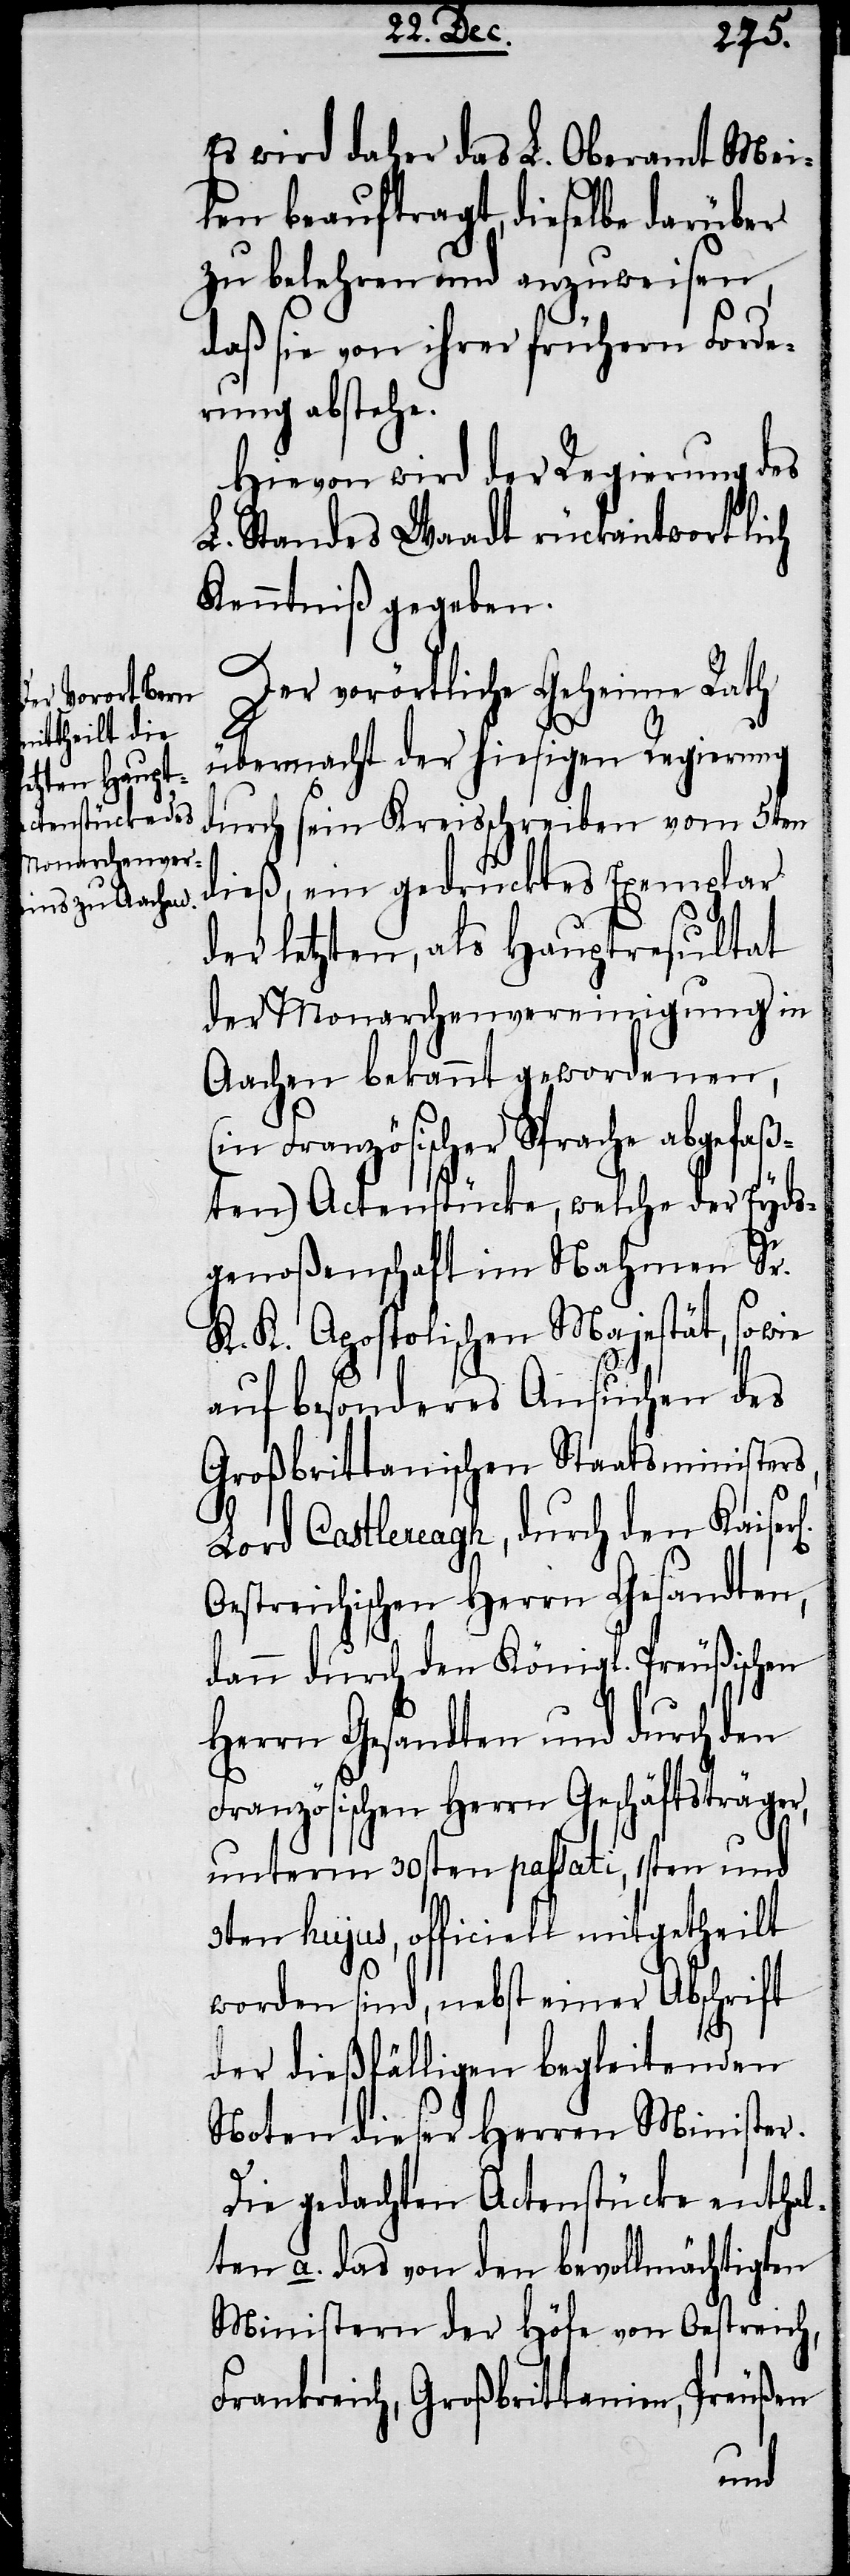
Es wird daher das L. Oberamt Mei¬
len beauftragt, dieselbe darüber
zu belehren und anzuweisen,
daß sie von ihrer frühern Forde¬
rung abstehe.
Hievon wird der Regierung des
L. Standes Waadt rückantwortlich
Kenntniß gegeben.
Der vorörtliche Geheime Rath
übermacht der hiesigen Regierung
durch sein Kreisschreiben vom 5ten
dieß, ein gedrucktes Exemplar
der letzten, als Hauptresultat
der Monarchenvereinigung in
Aachen bekannt gewordenen,
(in Französischer Sprache abgefaß¬
ten) Actenstücke, welche der Eyds¬
genoßenschaft im Nahmen Sr.
K. K. Apostolischen Majestät, so wie
auf besonderes Ansuchen des
Großbrittansichen Staatsministers,
Lord Castlereagh, durch den Kaise¬
Oestreichischen Herrn Gesandten,
dann durch den Königl. Preußischen
Herrn Gesandten und durch den
Französischen Herrn Geschäftsträger,
unterm 30sten passati, 1sten und
3ten hujus, officiell mitgetheilt
worden sind, nebst einer Abschrift
der dießfälligen begleitenden
Noten dieser Herren Minister.
Die gedachten Actenstücke enthal¬
ten a. das von den bevollmächtigten
Ministern der Höfe von Oestreich,
Frankreich, Großbrittanien, Preußen
ich]